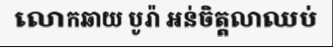
លោកឆាយ បូរ៉ា អន់ចិត្តលាឈប់